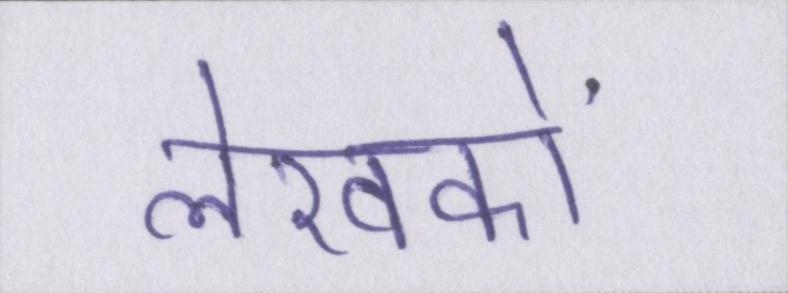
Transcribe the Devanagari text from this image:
लेखकों